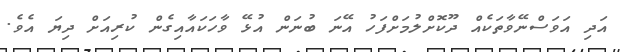
އަދި އަވަސްނޭވާތަކެއް ދޫކޮށްލުމަށްފަހު އޭނަ ބުނަން އުޅޭ ވާހަކައާއިގެން ކުރިއަށް ދިޔަ އެވެ.